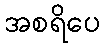
အစရိပေ